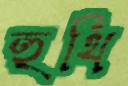
হুথি